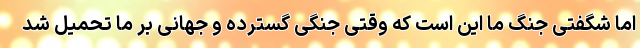
اما شگفتی جنگ ما این است که وقتی جنگی گسترده و جهانی بر ما تحمیل شد